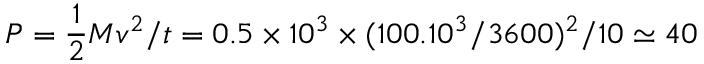
P = \frac { 1 } { 2 } M v ^ { 2 } / t = 0 . 5 \times 1 0 ^ { 3 } \times ( 1 0 0 . 1 0 ^ { 3 } / 3 6 0 0 ) ^ { 2 } / 1 0 \simeq 4 0